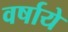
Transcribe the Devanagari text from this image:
वर्षाये